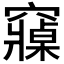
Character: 𮄡